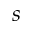
s